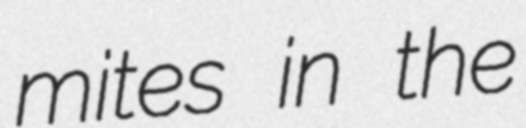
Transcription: mites in the